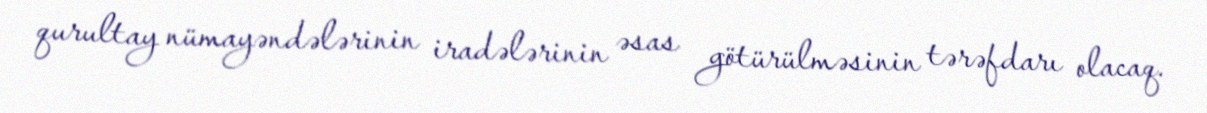
qurultay nümayəndələrinin iradələrinin əsas götürülməsinin tərəfdarı olacaq.